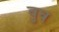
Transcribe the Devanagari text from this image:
वुव